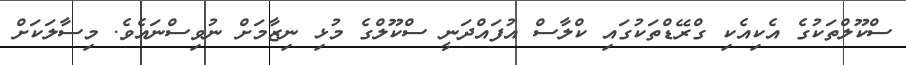
ސްކޫލްތަކުގެ އެކިއެކި ގްރޭޑްތަކުގައި ކްލާސް އުފައްދަނީ ސްކޫލްގެ މުޅި ނިޒާމަށް ނުވިސްނައެވެ. މިސާލަކަށް